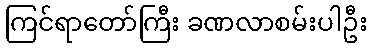
ကြင်ရာတော်ကြီး ခဏလာစမ်းပါဦး